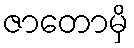
ဇာတောမှိ